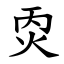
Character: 㶮